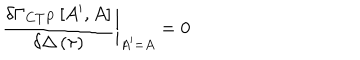
\frac { \delta \Gamma _ { C T P } \left[ A ^ { \prime } , A \right] } { \delta \Delta \left( \tau \right) } \bigg | _ { A ^ { \prime } = A } = 0